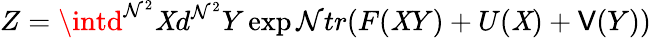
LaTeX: Z=\intd^{\mathcal{N}^{2}}\mathit{X}d^{\mathcal{N}^{2}}Y\exp\mathcal{N}tr(F(\mathit{X}Y)+U(\mathit{X})+\mathsf{V}(Y))